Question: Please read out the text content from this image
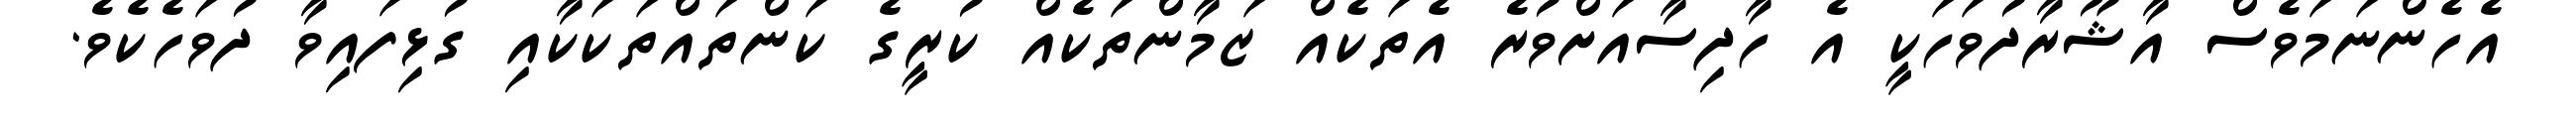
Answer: އެހެންނަމަވެސް އާޝޫރާދުވަހަކީ އެ ހާދިސާއަށްވުރެ އެތަކެއް ޒަމާންތަކެއް ކުރީގެ ކަންތައްތަކަކާއި ގުޅިފައިވާ ދުވަހެކެވެ.